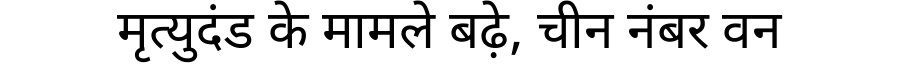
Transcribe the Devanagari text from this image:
मृत्युदंड के मामले बढ़े, चीन नंबर वन